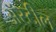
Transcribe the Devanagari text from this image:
अॅस्टील